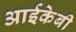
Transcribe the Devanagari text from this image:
आईकेबी